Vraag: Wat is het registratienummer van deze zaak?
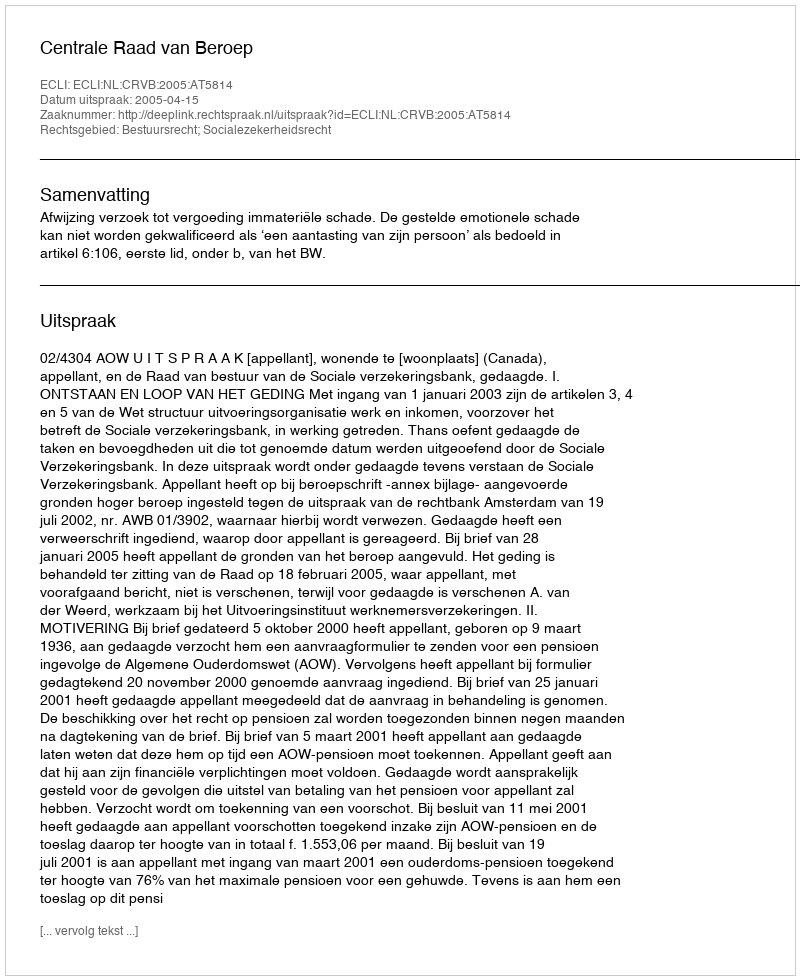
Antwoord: http://deeplink.rechtspraak.nl/uitspraak?id=ECLI:NL:CRVB:2005:AT5814